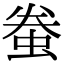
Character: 䖭